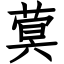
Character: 蓂